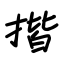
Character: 揩